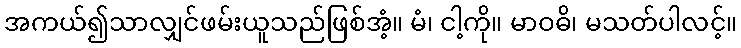
အကယ်၍သာလျှင်ဖမ်းယူသည်ဖြစ်အံ့။ မံ၊ ငါ့ကို။ မာဝဓိ၊ မသတ်ပါလင့်။